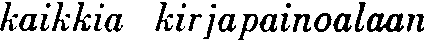
kaikkia kirjapainoalaan